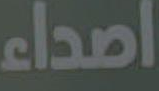
اصداء